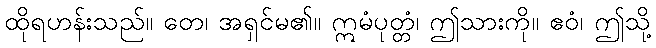
ထိုရဟန်းသည်။ တေ၊ အရှင်မ၏။ ဣမံပုတ္တံ၊ ဤသားကို။ ဧဝံ၊ ဤသို့